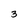
Character: 3